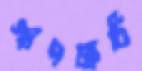
স্থাপত্যটি